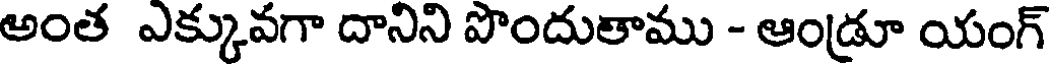
అంత ఎక్కువగా దానిని పొందుతాము - ఆండ్రూ యంగ్